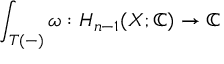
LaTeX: \int _ { T ( - ) } \omega : H _ { n - 1 } ( X ; \mathbb { C } ) \to \mathbb { C }